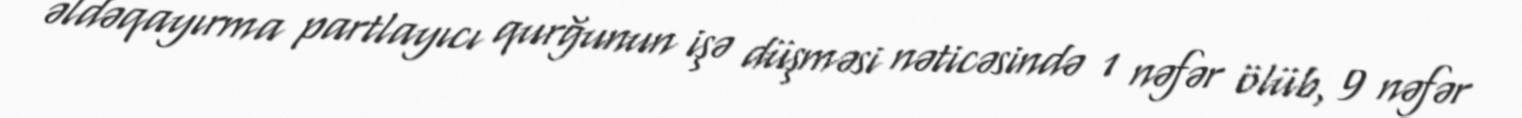
əldəqayırma partlayıcı qurğunun işə düşməsi nəticəsində 1 nəfər ölüb, 9 nəfər